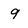
Character: 9